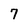
Character: 7